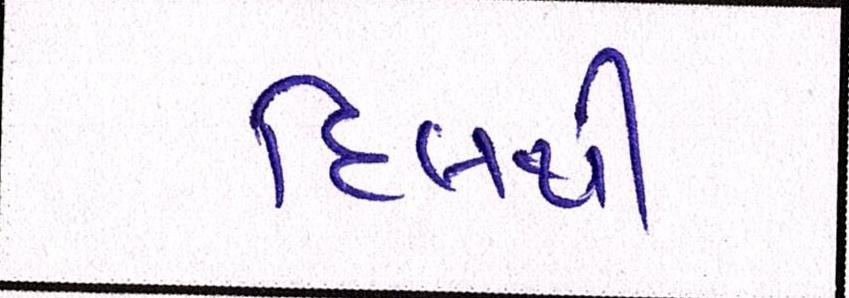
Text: દિલથી